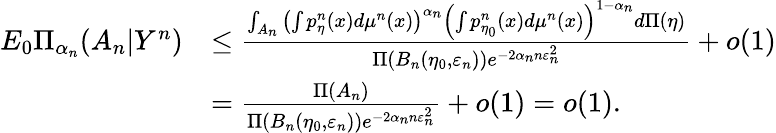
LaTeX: \begin{array}{rl}{E_{0}\Pi_{\alpha_{n}}(A_{n}|Y^{n})}&{\leq\frac{\int_{A_{n}}\left(\int p_{\eta}^{n}(x)d\mu^{n}(x)\right)^{\alpha_{n}}\left(\int p_{\eta_{0}}^{n}(x)d\mu^{n}(x)\right)^{1-\alpha_{n}}d\Pi(\eta)}{\Pi(B_{n}(\eta_{0},\varepsilon_{n}))e^{-2{\alpha_{n}}n\varepsilon_{n}^{2}}}+o(1)}\\ &{=\frac{\Pi(A_{n})}{\Pi(B_{n}(\eta_{0},\varepsilon_{n}))e^{-2{\alpha_{n}}n\varepsilon_{n}^{2}}}+o(1)=o(1).}\end{array}